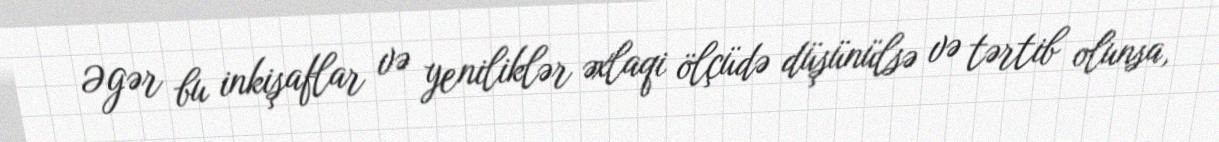
Əgər bu inkişaflar və yeniliklər əxlaqi ölçüdə düşünülsə və tərtib olunsa,